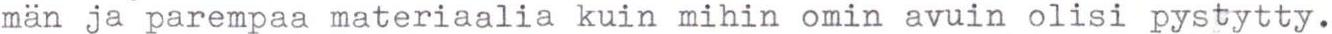
man ja parempaa materiaalia kuin mihin omin avuin olisi pystytty.